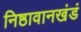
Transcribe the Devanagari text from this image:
निष्ठावानखंडं